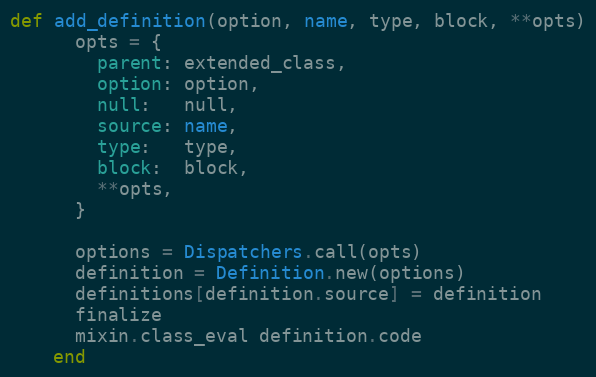
Language: Ruby
def add_definition(option, name, type, block, **opts)
      opts = {
        parent: extended_class,
        option: option,
        null:   null,
        source: name,
        type:   type,
        block:  block,
        **opts,
      }

      options = Dispatchers.call(opts)
      definition = Definition.new(options)
      definitions[definition.source] = definition
      finalize
      mixin.class_eval definition.code
    end